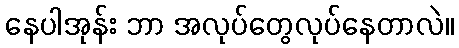
နေပါအုန်း ဘာ အလုပ်တွေလုပ်နေတာလဲ။